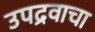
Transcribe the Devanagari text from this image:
उपद्रवाचा